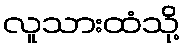
လူသားထံသို့